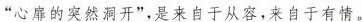
“心扉的突然洞开”，是来自于从容，来自于有情。